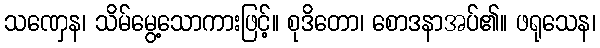
သဏှေန၊ သိမ်မွေ့သောကားဖြင့်။ စုဒိတော၊ စောဒနာအပ်၏။ ဖရုသေန၊